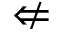
\nLeftarrow